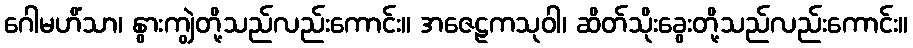
ဂေါမဟိံသာ၊ နွားကျွဲတို့သည်လည်းကောင်း။ အဇေဠကသုဝါ၊ ဆိတ်သိုးခွေးတို့သည်လည်းကောင်း။